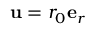
\mathbf { u } = r _ { 0 } \mathbf { e } _ { r }